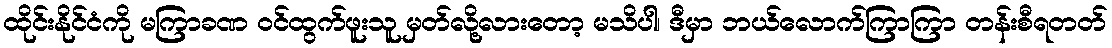
ထိုင်းနိုင်ငံကို မကြာခဏ ဝင်ထွက်ဖူးသူ မှတ်လို့လားတော့ မသိပါ၊ ဒီမှာ ဘယ်လောက်ကြာကြာ တန်းစီရတတ်